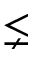
\lneq